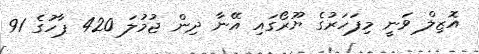
އޮޒިލް ވަނީ މިފަހަރުގެ ޔޫރޯގައި އޭނާ ދިން ޖުމުލަ 420 ޕާހުގެ 91